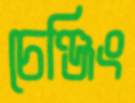
চেঞ্জিং